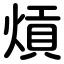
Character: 熕